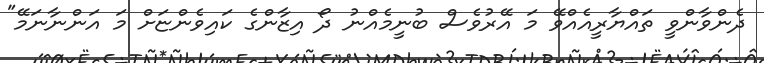
ދެންވާންވީ ތައްޔާރީއެއްވޭ މަ އޭރުވެސް ބުނީމެއްނު ދޯ އިޒާންގެ ކައިވެންޏަށް މަ އަންނާނަމޭ"